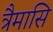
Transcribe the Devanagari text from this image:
त्रैमासि